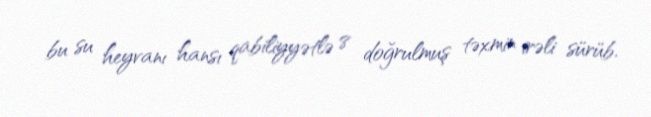
bu su heyvanı hansı qabiliyyətlə 8 doğrulmuş təxmin irəli sürüb.